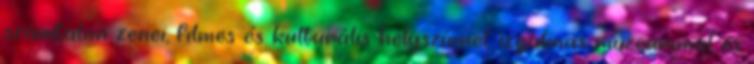
számtalan zenei, filmes és kulturális helyszínnel, izgalmas múzeummal és